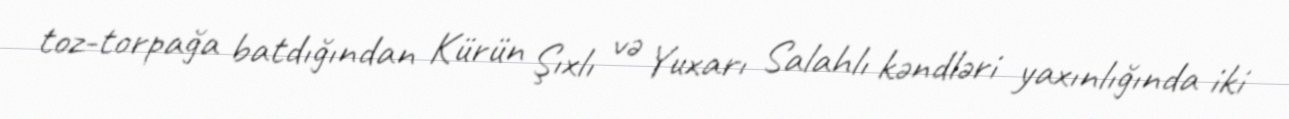
toz-torpağa batdığından Kürün Şıxlı və Yuxarı Salahlı kəndləri yaxınlığında iki